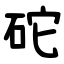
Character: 砣